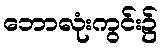
ဘောလုံးကွင်း၌